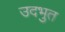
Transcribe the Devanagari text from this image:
उदभुत